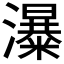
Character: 𱩾